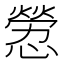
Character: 憥